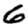
Digit: 6